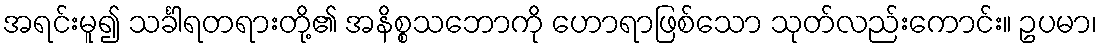
အရင်းမူ၍ သင်္ခါရတရားတို့၏ အနိစ္စသဘောကို ဟောရာဖြစ်သော သုတ်လည်းကောင်း။ ဥပမာ၊